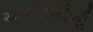
ચકાસણીની